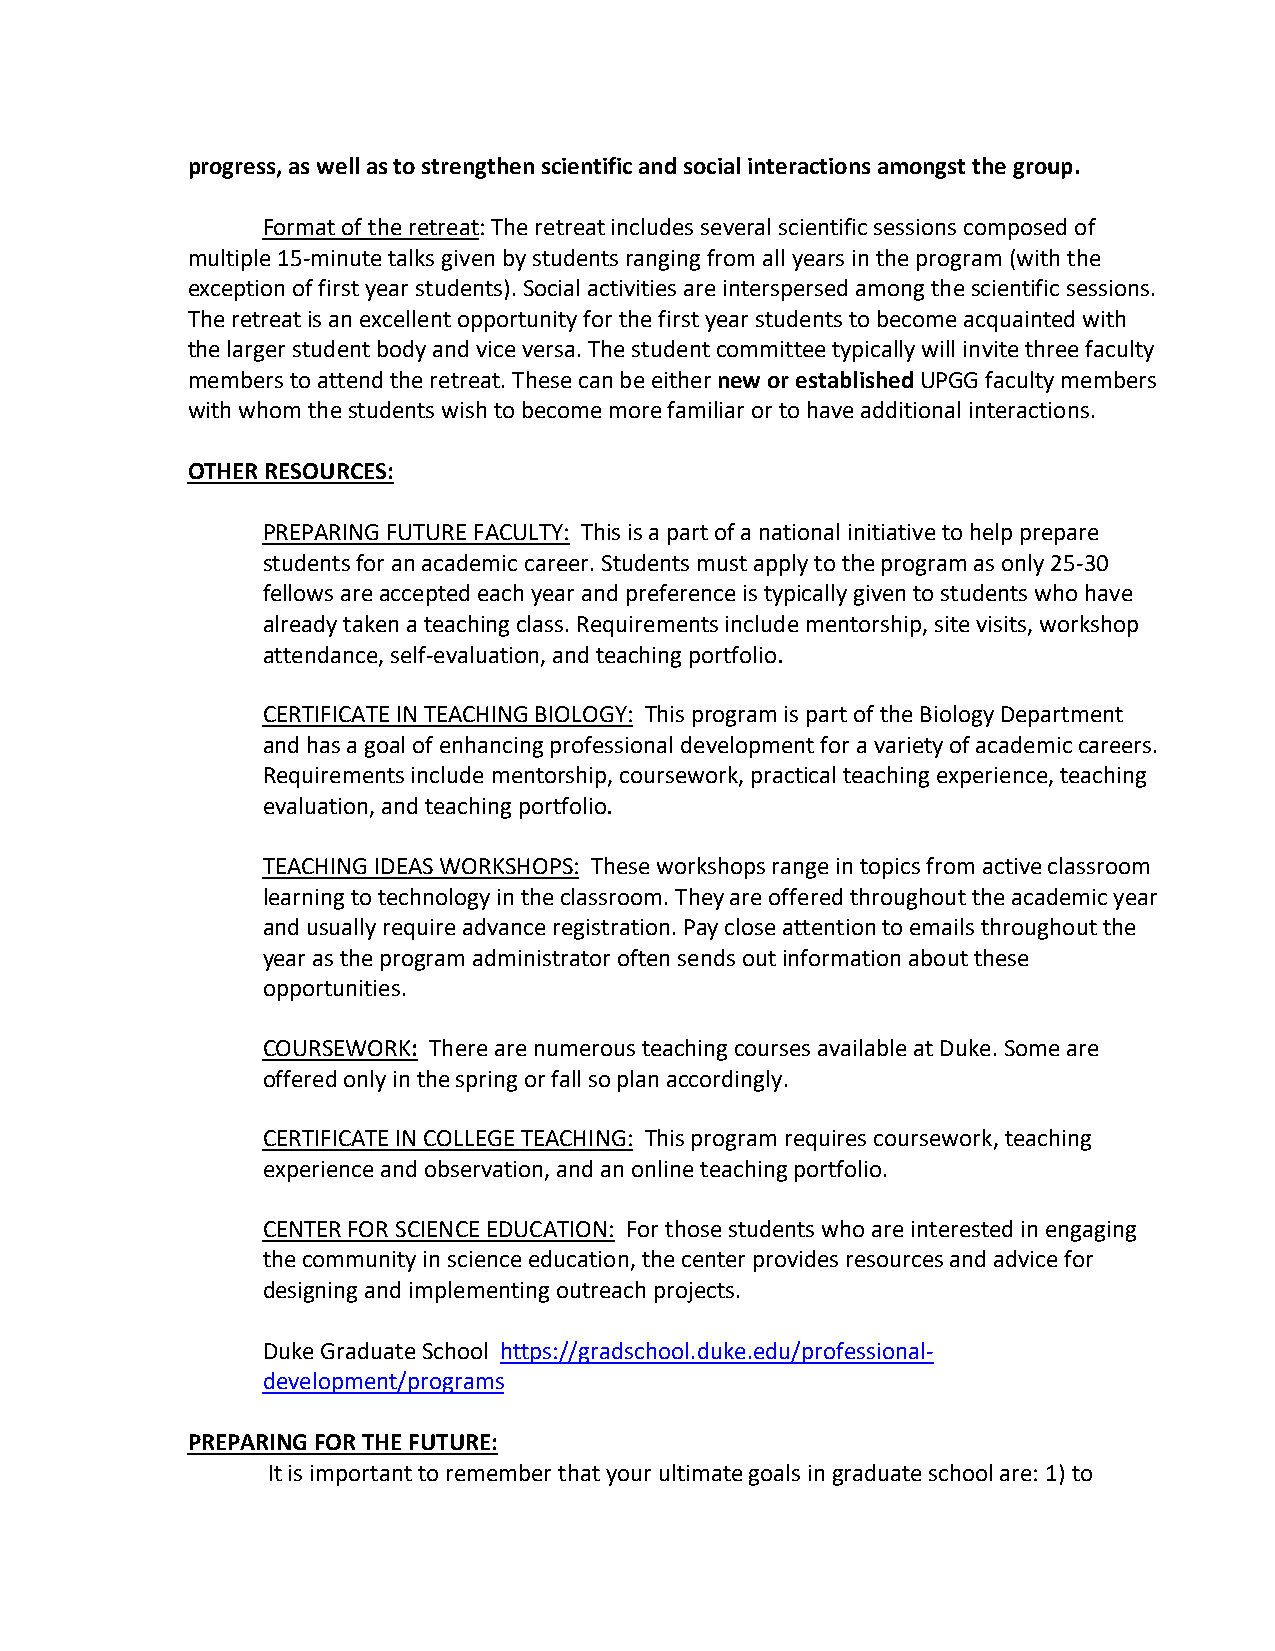
progress, as well as to strengthen scientific and social interactions amongst the group.
 Format of the retreat: The retreat includes several scientific sessions composed of
 multiple 15-minute talks given by students ranging from all years in the program (with the
 exception of first year students). Social activities are interspersed among the scientific sessions.
 The retreat is an excellent opportunity for the first year students to become acquainted with
 the larger student body and vice versa. The student committee typically will invite three faculty
 members to attend the retreat. These can be either new or established UPGG faculty members
 with whom the students wish to become more familiar or to have additional interactions.
 OTHER RESOURCES:
 PREPARING FUTURE FACULTY: This is a part of a national initiative to help prepare
 students for an academic career. Students must apply to the program as only 25-30
 fellows are accepted each year and preference is typically given to students who have
 already taken a teaching class. Requirements include mentorship, site visits, workshop
 attendance, self-evaluation, and teaching portfolio.
 CERTIFICATE IN TEACHING BIOLOGY: This program is part of the Biology Department
 and has a goal of enhancing professional development for a variety of academic careers.
 Requirements include mentorship, coursework, practical teaching experience, teaching
 evaluation, and teaching portfolio.
 TEACHING IDEAS WORKSHOPS: These workshops range in topics from active classroom
 learning to technology in the classroom. They are offered throughout the academic year
 and usually require advance registration. Pay close attention to emails throughout the
 year as the program administrator often sends out information about these
 opportunities.
 COURSEWORK: There are numerous teaching courses available at Duke. Some are
 offered only in the spring or fall so plan accordingly.
 CERTIFICATE IN COLLEGE TEACHING: This program requires coursework, teaching
 experience and observation, and an online teaching portfolio.
 CENTER FOR SCIENCE EDUCATION: For those students who are interested in engaging
 the community in science education, the center provides resources and advice for
 designing and implementing outreach projects.
 Duke Graduate School https://gradschool.duke.edu/professional-
 development/programs
 PREPARING FOR THE FUTURE:
 It is important to remember that your ultimate goals in graduate school are: 1) to